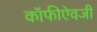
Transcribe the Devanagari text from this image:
कॉफीऐवजी